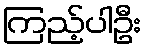
ကြည့်ပါဦး